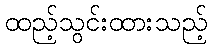
ထည့်သွင်းထားသည့်